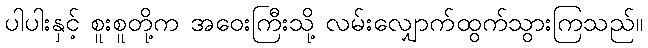
ပါပါးနှင့် စူးစူတို့က အဝေးကြီးသို့ လမ်းလျှောက်ထွက်သွားကြသည်။